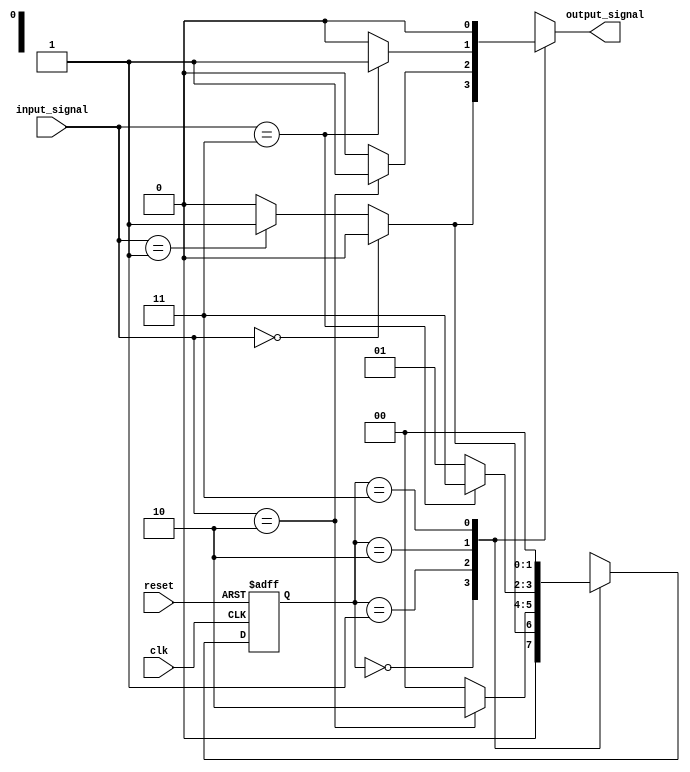
module mealy_fsm (
    input wire clk,
    input wire reset,
    input wire [1:0] input_signal,
    output reg output_signal
);

// Parameters
parameter N = 2; // Number of bits for state representation
parameter STATE_A = 2'b00; // State 0
parameter STATE_B = 2'b01; // State 1
parameter STATE_C = 2'b10; // State 2
parameter STATE_D = 2'b11; // State 3

// State register
reg [N-1:0] current_state, next_state;

// State transition logic
always @(*) begin
    case (current_state)
        STATE_A: begin
            if (input_signal == 2'b00) begin
                next_state = STATE_A;
                output_signal = 1'b0; // Output for state A
            end else if (input_signal == 2'b01) begin
                next_state = STATE_B;
                output_signal = 1'b1; // Output for transition to state B
            end else begin
                next_state = STATE_A; // Default
                output_signal = 1'b0;
            end
        end

        STATE_B: begin
            if (input_signal == 2'b10) begin
                next_state = STATE_C;
                output_signal = 1'b1; // Output for transition to state C
            end else begin
                next_state = STATE_A; // Default back to state A
                output_signal = 1'b0;
            end
        end

        STATE_C: begin
            if (input_signal == 2'b11) begin
                next_state = STATE_D;
                output_signal = 1'b1; // Output for transition to state D
            end else begin
                next_state = STATE_B; // Default to state B
                output_signal = 1'b0;
            end
        end

        STATE_D: begin
            next_state = STATE_A; // Return to state A
            output_signal = 1'b0; // Output for state D
        end

        default: begin
            next_state = STATE_A; // Default state
            output_signal = 1'b0;
        end
    endcase
end

// State register update
always @(posedge clk or posedge reset) begin
    if (reset) begin
        current_state <= STATE_A; // Initialize to state A on reset
    end else begin
        current_state <= next_state; // Update current state
    end
end

endmodule